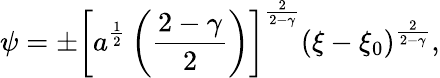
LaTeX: \psi=\pm\left[a^{\frac{1}{2}}\left({\frac{2-\gamma}{2}}\right)\right]^{\frac{2}{2-\gamma}}(\xi-\xi_{0})^{\frac{2}{2-\gamma}},